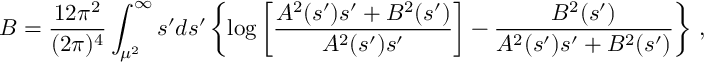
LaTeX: { \cal { B } } = \frac { 1 2 \pi ^ { 2 } } { ( 2 \pi ) ^ { 4 } } \int _ { \mu ^ { 2 } } ^ { \infty } s ^ { \prime } d s ^ { \prime } \left\{ \log \left[ \frac { A ^ { 2 } ( s ^ { \prime } ) s ^ { \prime } + B ^ { 2 } ( s ^ { \prime } ) } { A ^ { 2 } ( s ^ { \prime } ) s ^ { \prime } } \right] - \frac { B ^ { 2 } ( s ^ { \prime } ) } { A ^ { 2 } ( s ^ { \prime } ) s ^ { \prime } + B ^ { 2 } ( s ^ { \prime } ) } \right\} \, ,